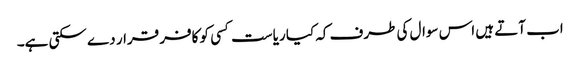
اب آتے ہیں اس سوال کی طرف کہ کیا ریاست کسی کو کافر قرار دے سکتی ہے۔